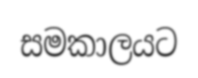
සමකාලයට